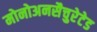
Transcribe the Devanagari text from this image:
मोनोअनसैचुरेटेड